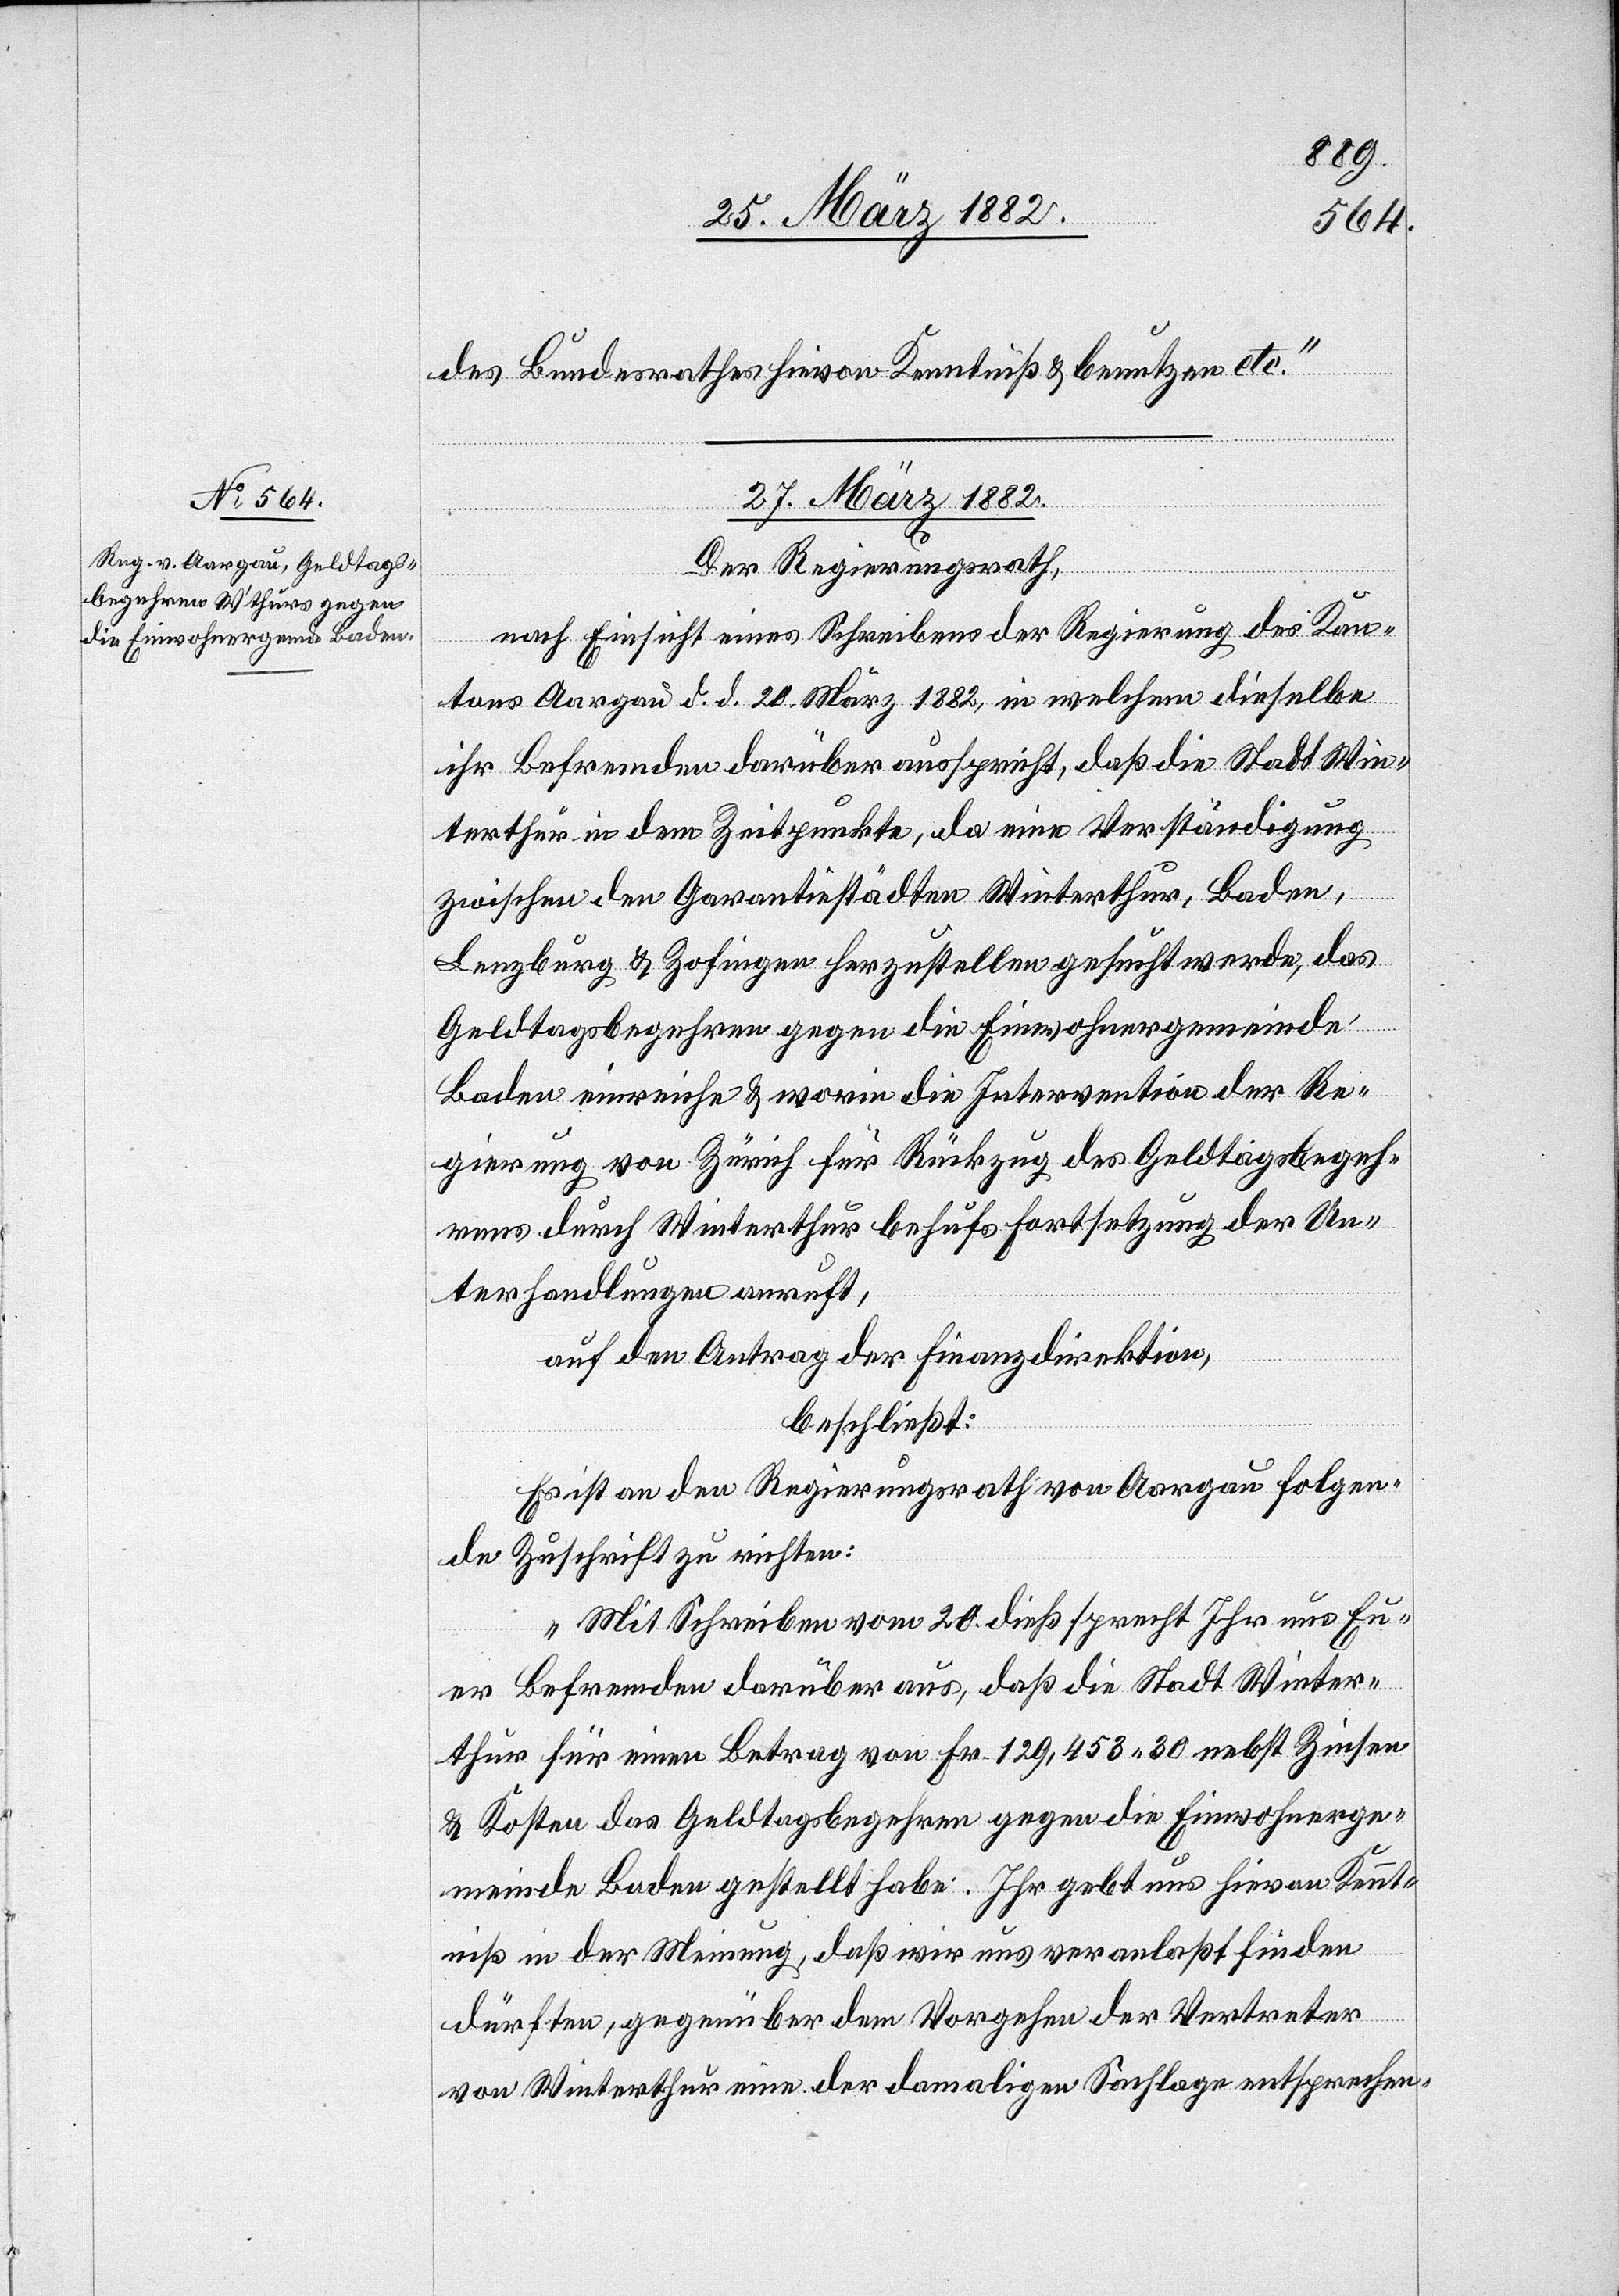
des Bundesrathes hievon Kenntniß & benutzen etc.“
27. März 1882.
Der Regierungsrath,
nach Einsicht eines Schreibens der Regierung des Kan¬
tons Aargau d. d. 20. März 1882, in welchem dieselbe
ihr Befremden darüber ausspricht, daß die Stadt Win¬
terthur in dem Zeitpunkte, da eine Verständigung
zwischen den Garantiestädten Winterthur, Baden,
Lenzburg & Zofingen herzustellen gesucht werde, das
Geldtagsbegehren gegen die Einwohnergemeinde
Baden einreiche & worin die Intervention der Re¬
gierung von Zürich für Rückzug des Geldtagsbegeh¬
rens durch Winterthur behufs Fortsetzung der Un¬
terhandlungen anruft,
auf den Antrag der Finanzdirektion,
beschließt:
Es ist an den Regierungsrath von Aargau folgen¬
de Zuschrift zu richten:
„Mit Schreiben vom 20. dieß sprecht Ihr uns Eu¬
er Befremden darüber aus, daß die Stadt Winter¬
thur für einen Betrag von Fr. 129,453 30 nebst Zinsen
& Kosten das Geldtagsbegehren gegen die Einwohnerge¬
meinde Baden gestellt habe. Ihr gebt uns hievon Kennt¬
niß in der Meinung, daß wir uns veranlaßt finden
dürften, gegenüber dem Vorgehen der Vertreter
von Winterthur eine der damaligen Sachlage entsprechen-